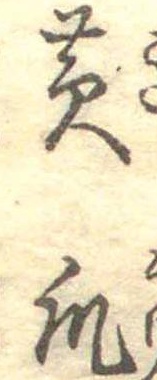
黄瓜